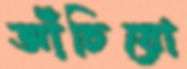
আঁচিয়ো